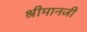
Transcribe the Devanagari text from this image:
श्रीमानजी